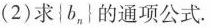
(2)求{b_{n}|的通项公式.